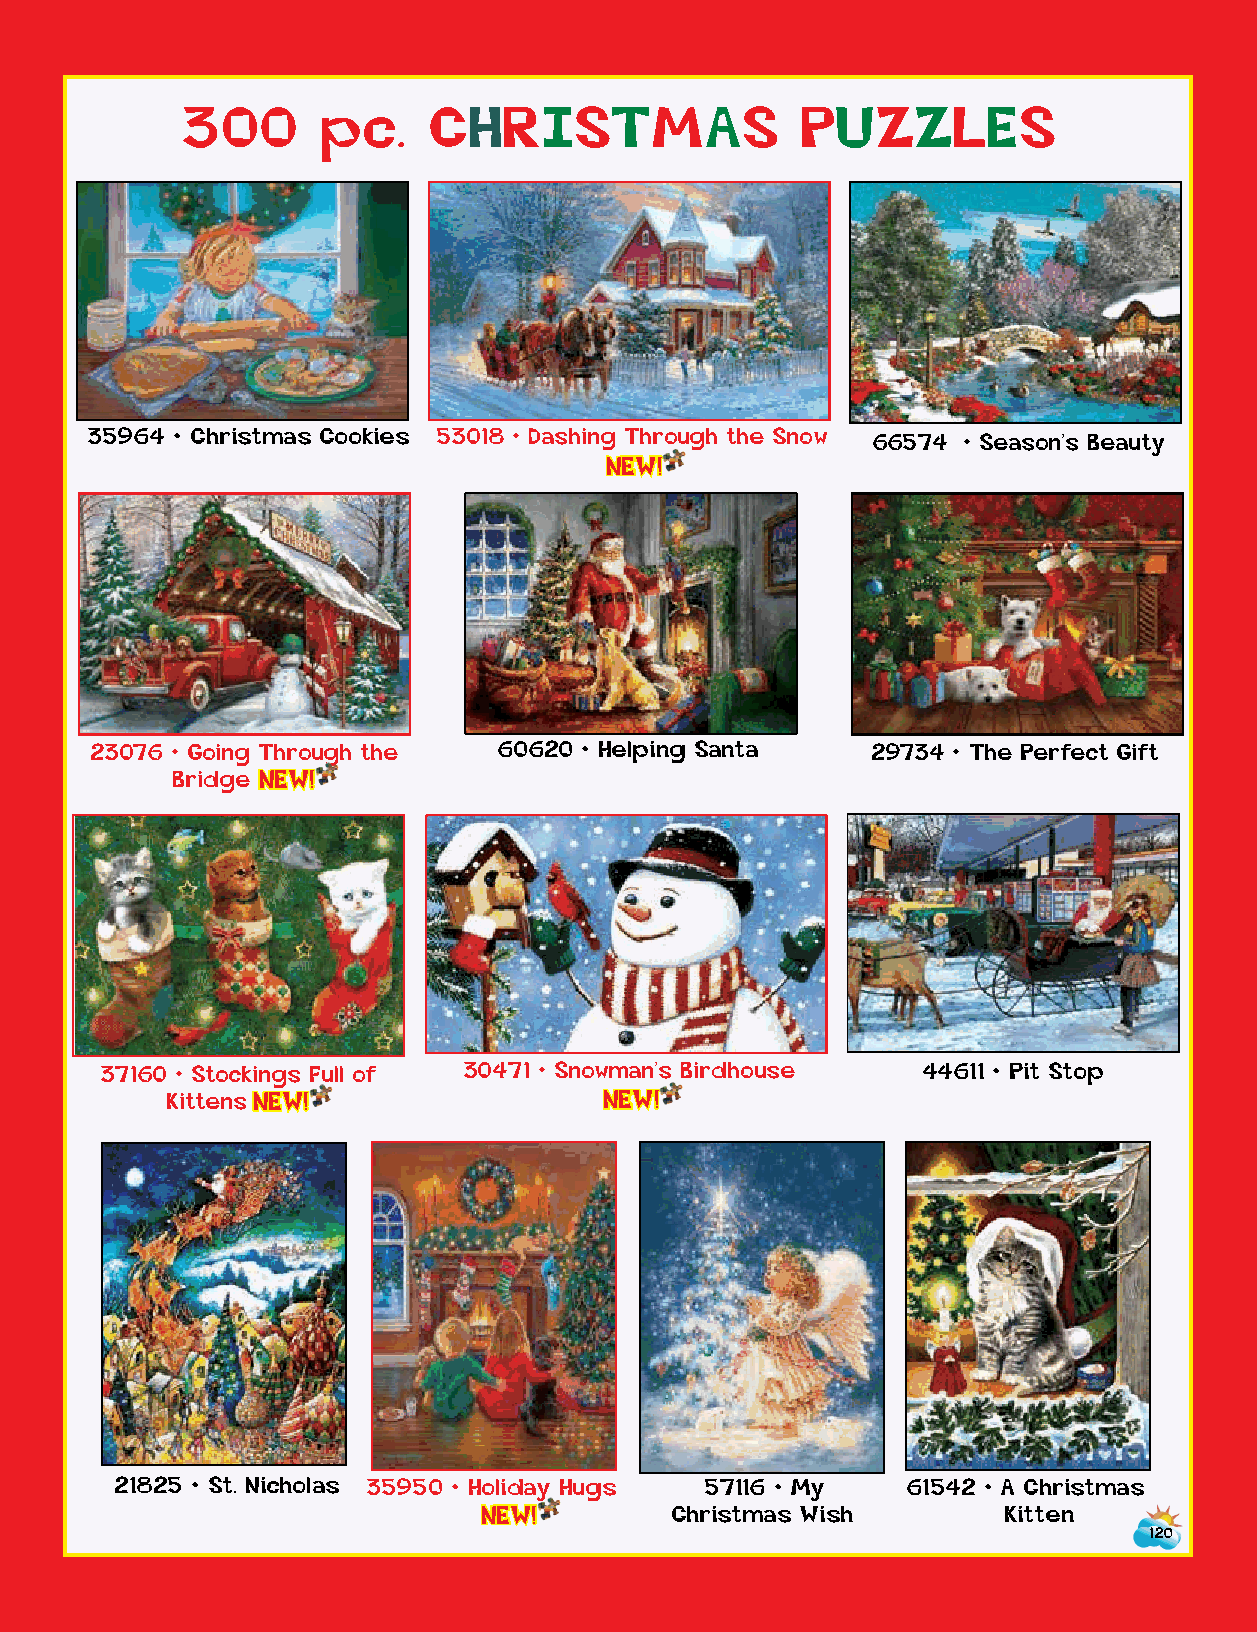
300      pc.    CHRISTMAS                PUZZLES
 35964 • Christmas Cookies 53018 • Dashing Thro u g h t h e S n o w 66574 • Season’s Beauty
 NEW!
 23076 • Going Through the  60620 • Helping Santa    29734 • The Perfect Gift
 Brid g e NEW!
 37160 • Stockings Full of 30471 • Snowman’s Birdhouse 44611 • Pit Stop
 Kitt e n s NEW!              NEW!
 21825 • St. Nicholas 35950 • Holiday Hug s 57116 • My 61542 • A Christmas
 NEW!        Christmas W i s h      Kitten
 120